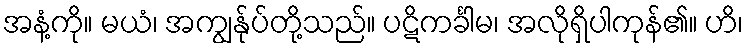
အနံ့ကို။ မယံ၊ အကျွန်ုပ်တို့သည်။ ပဋိကင်္ခါမ၊ အလိုရှိပါကုန်၏။ ဟိ၊